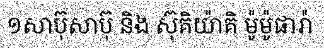
១សាប៊ុសាប៊ុ និង ស៊ុគិយ៉ាគិ ម៉ូម៉ូផារ៉ា